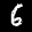
Label: 6